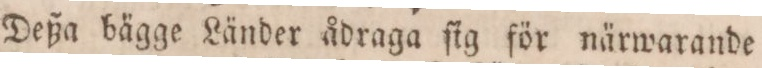
Deßa bägge Länder ådraga ſig för närwarande